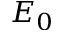
E _ { 0 }